Report of an investigation into the causes of the diseases known in Assam as Kála-Azár and Beri-Beri
Disease focus: Beri-Beri
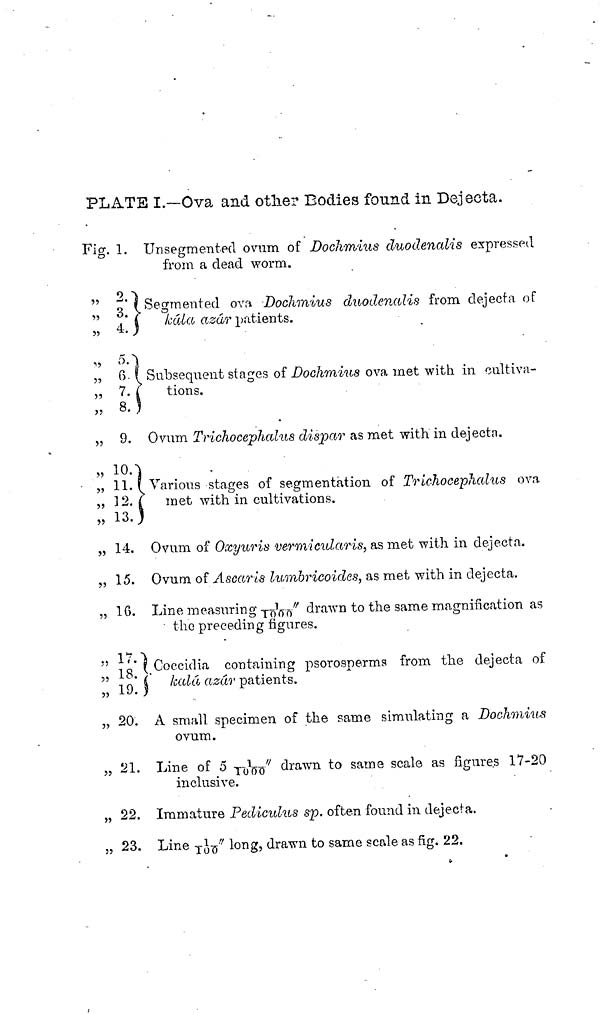
PLATB I.—Ova and otlie? Bodies found in Dejecta.
Fig. 1. Unsegmentecl ovum of Docivmius duodenalis expressed
from a dead worm.
2 Λ
" o' (Segmented ova Dochmius duodenalis from dejecta of
" ."I
kala azar patients.
"
5
·ί
„ 6. ? Subsequent stages of Dochmius ova met with in cultiva-
„ 7. (
tions.
„ 8-5
„ 9. Ovum Trichocephalus dispar as met with in dejecta.
„ 10Λ
„ 11. f Various stages of segmentation of Trichocephalus ova
„ 12. ( met with in cultivations.
„ 13.)
„ 14. Ovum of Oxyuris vermicularis, as met with in dejecta.
„ 15. Ovum of Ascaris lumbricoides, as met with in dejecta.
„ 16. Line measuring -j^Vr/' draAvn to the same magnification as
the preceding figures.
I*
7 "i
" -i 01 Cocciclia containing psorosperms from the dejecta of
" i o* i Itala azar patients,
„ LJ. y
„ 20. A small specimen of the same simulating a Dockmius
ovum.
„ 21. Line of 5 I-^-Q" drawn to same scale as figures 17-20
inclusive.
„ 22. Immature Pediculus sp. often found in dejecta.
„ 23. Line T J^ long, drawn to same scale as fig. 22.